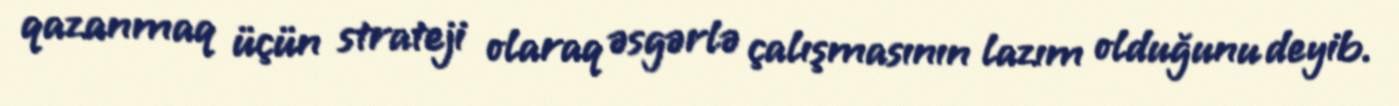
qazanmaq üçün strateji olaraq əsgərlə çalışmasının lazım olduğunu deyib.